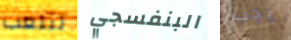
لنلعب البنفسجي يجب